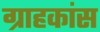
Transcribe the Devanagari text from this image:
ग्राहकांस